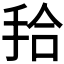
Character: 𭠫